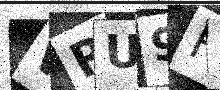
Text: WRU9F1